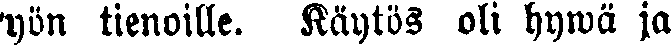
yön tienoille. Käytös oli hywä ja